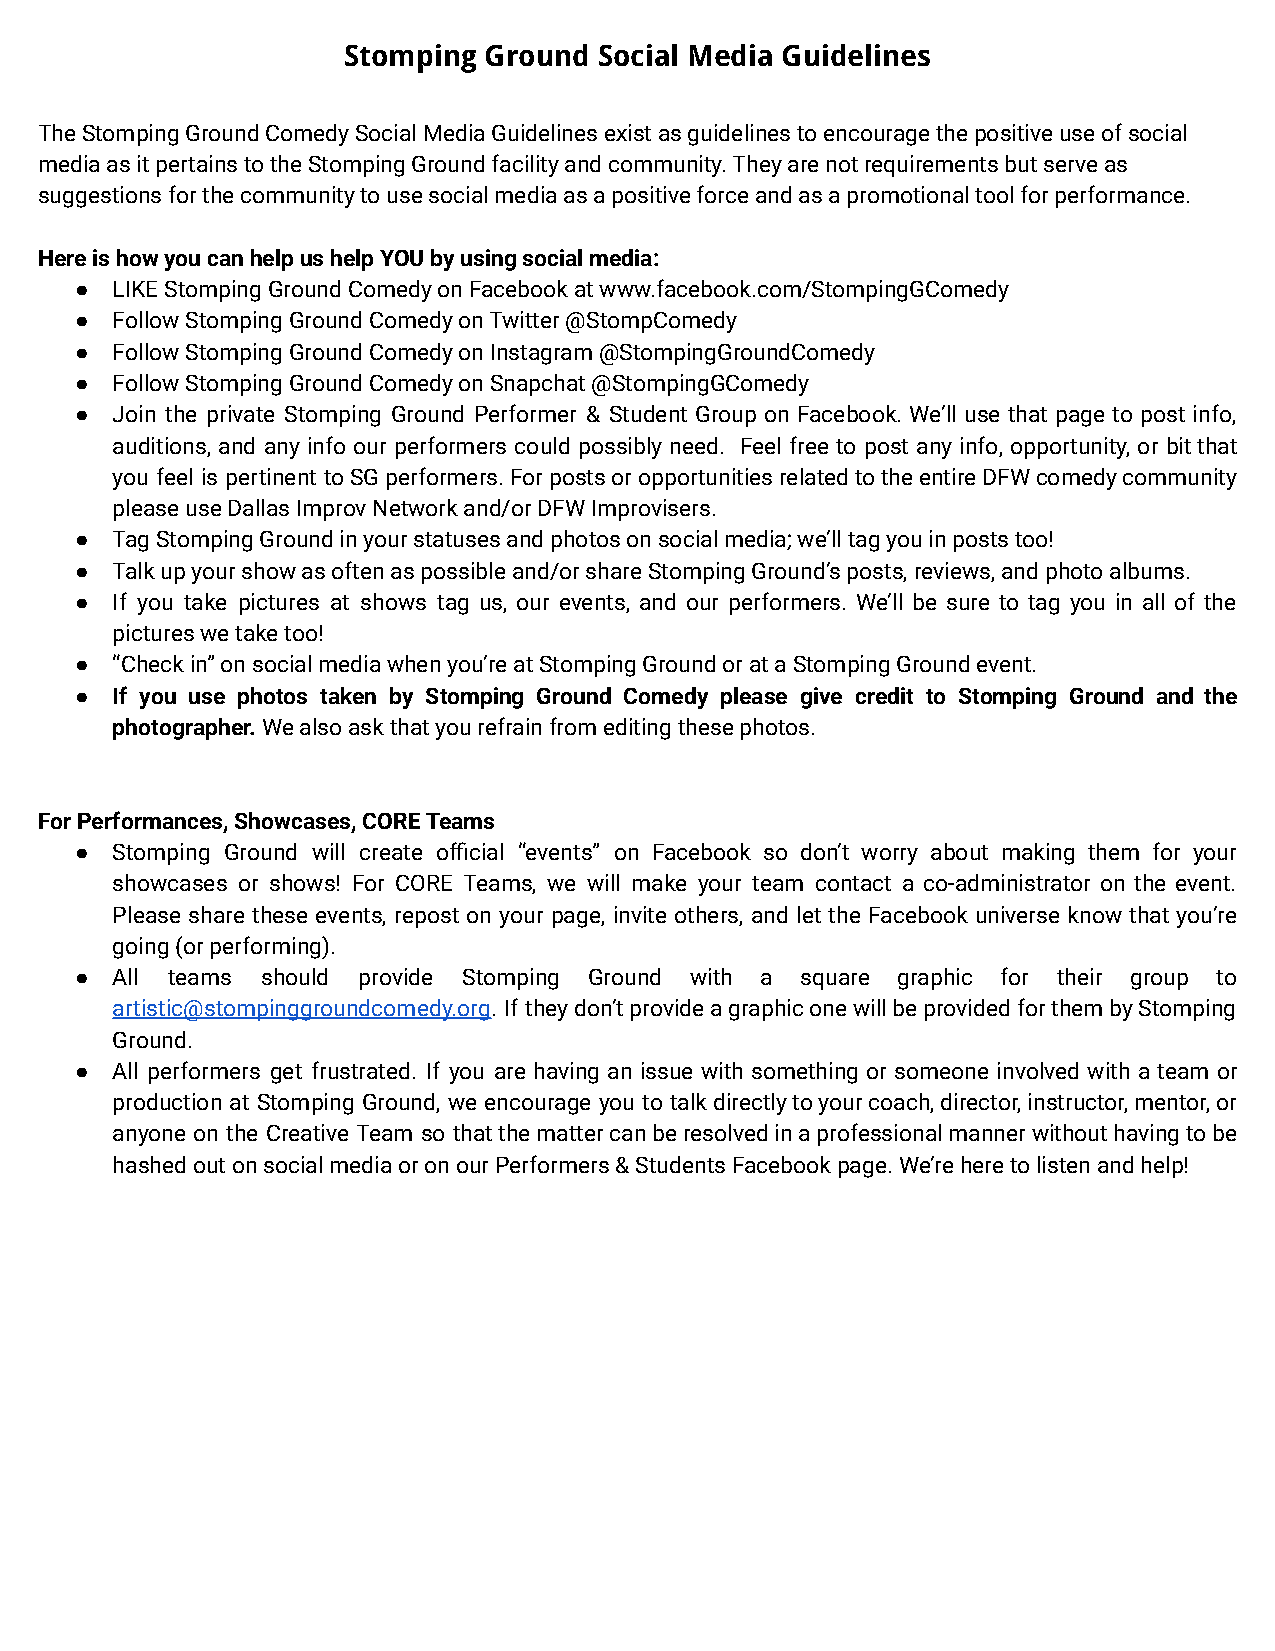
Stomping Ground  Social Media Guidelines
 The Stomping Ground Comedy Social Media Guidelinesexist as guidelines to encourage the positive useof social
 media as it pertains to the Stomping Ground facilityand community. They are not requirements but serveas
 suggestions for the community to use social mediaas a positive force and as a promotional tool forperformance.
 Here is how you can help us help YOU by using socialmedia:
 ● LIKE Stomping Ground Comedy on Facebook at www.facebook.com/StompingGComedy
 ● Follow Stomping Ground Comedy on Twitter @StompComedy
 ● Follow Stomping Ground Comedy on Instagram @StompingGroundComedy
 ● Follow Stomping Ground Comedy on Snapchat @StompingGComedy
 ● Join the private Stomping Ground Performer & Student Group on Facebook. We’ll use that page to post info,
 auditions, and any info our performers could possibly need. Feel free to post any info, opportunity, or bitthat
 you feel is pertinent toSGperformers.ForpostsoropportunitiesrelatedtotheentireDFWcomedycommunity
 please use Dallas Improv Network and/or DFW Improvisers.
 ● Tag Stomping Ground in your statuses and photos onsocial media; we’ll tag you in posts too!
 ● Talk up your show as often as possible and/or shareStomping Ground’s posts, reviews, and photo albums.
 ● If you take pictures at shows tag us, our events, and our performers. We’ll be sure to tag you in all of the
 pictures we take too!
 ● “Check in” on social media when you’re at StompingGround or at a Stomping Ground event.
 ● If you use photos taken by Stomping Ground Comedy please give credit to Stomping Ground and the
 photographer.We also ask that you refrain from editingthese photos.
 For Performances, Showcases, CORE Teams
 ● Stomping Ground will create official “events” on Facebook so don’t worry about making them for your
 showcases or shows! For CORE Teams, we will make your team contact a co-administrator on the event.
 Please share these events, repost on your page, invite others, and let the Facebook universe know that you’re
 going (or performing).
 ● All teams should provide Stomping Ground with a square graphic for their group to
 artistic@stompinggroundcomedy.org. If theydon’tprovideagraphiconewillbeprovidedforthembyStomping
 Ground.
 ● All performers get frustrated. If you are having an issue with something or someone involved with a team or
 production at Stomping Ground, we encourage you to talkdirectlytoyourcoach,director,instructor,mentor,or
 anyone on the Creative Team so thatthemattercanberesolvedinaprofessionalmannerwithouthavingtobe
 hashed out on social media or on our Performers &Students Facebook page. We’re here to listen and help!